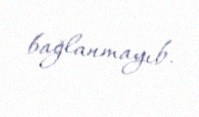
bağlanmayıb.